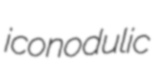
iconodulic